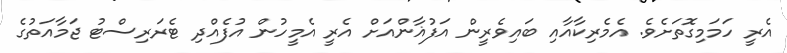
އެރީ ހަމަމިގޮތަށެވެ. އެމެރިކާއާއި ބައިވެރީން އަފުޣާންއަށް އެރީ އެމީހުން އުފެއްދި ޓެރަރިސްޓު ޖަމާއަތުގެ